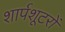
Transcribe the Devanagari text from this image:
शार्पशूटरों